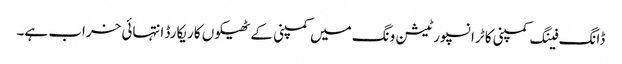
ڈانگ فینگ کمپنی کا ٹرانسپورٹیشن ونگ میں کمپنی کے ٹھیکوں کا ریکارڈ انتہائی خراب ہے۔